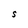
Character: S